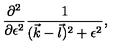
{ \frac { \partial ^ { 2 } } { \partial \epsilon ^ { 2 } } } { \frac { 1 } { ( { \vec { k } } - { \vec { l } } ) ^ { 2 } + \epsilon ^ { 2 } } } ,